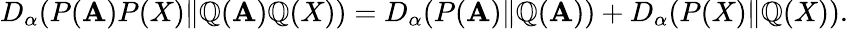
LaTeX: D_{\alpha}(P(\mathbf{A})P(X)\| \mathbb{Q}(\mathbf{A})\mathbb{Q}(X))=D_{\alpha}(P(\mathbf{A})\| \mathbb{Q}(\mathbf{A}))+D_{\alpha}(P(X)\| \mathbb{Q}(X)).